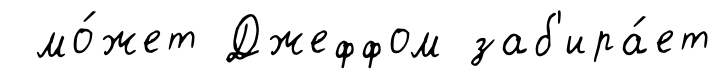
мо́жет Джеффом заб'ира́ет